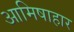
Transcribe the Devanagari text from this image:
आमिषाहार